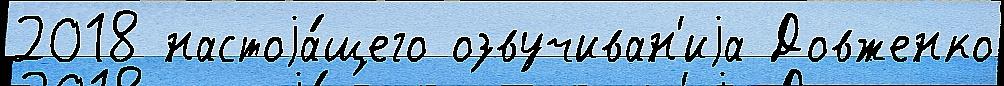
2018 настоjа́щего озвучиван'иjа Довженко